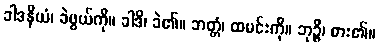
ခါဒနီယံ၊ ခဲဖွယ်ကို။ ခါဒိ၊ ခဲ၏။ ဘတ္တံ၊ ထမင်းကို။ ဘုဉ္ဇိ၊ စား၏။